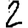
Digit: 2